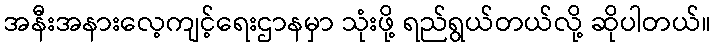
အနီးအနားလေ့ကျင့်ရေးဌာနမှာ သုံးဖို့ ရည်ရွယ်တယ်လို့ ဆိုပါတယ်။